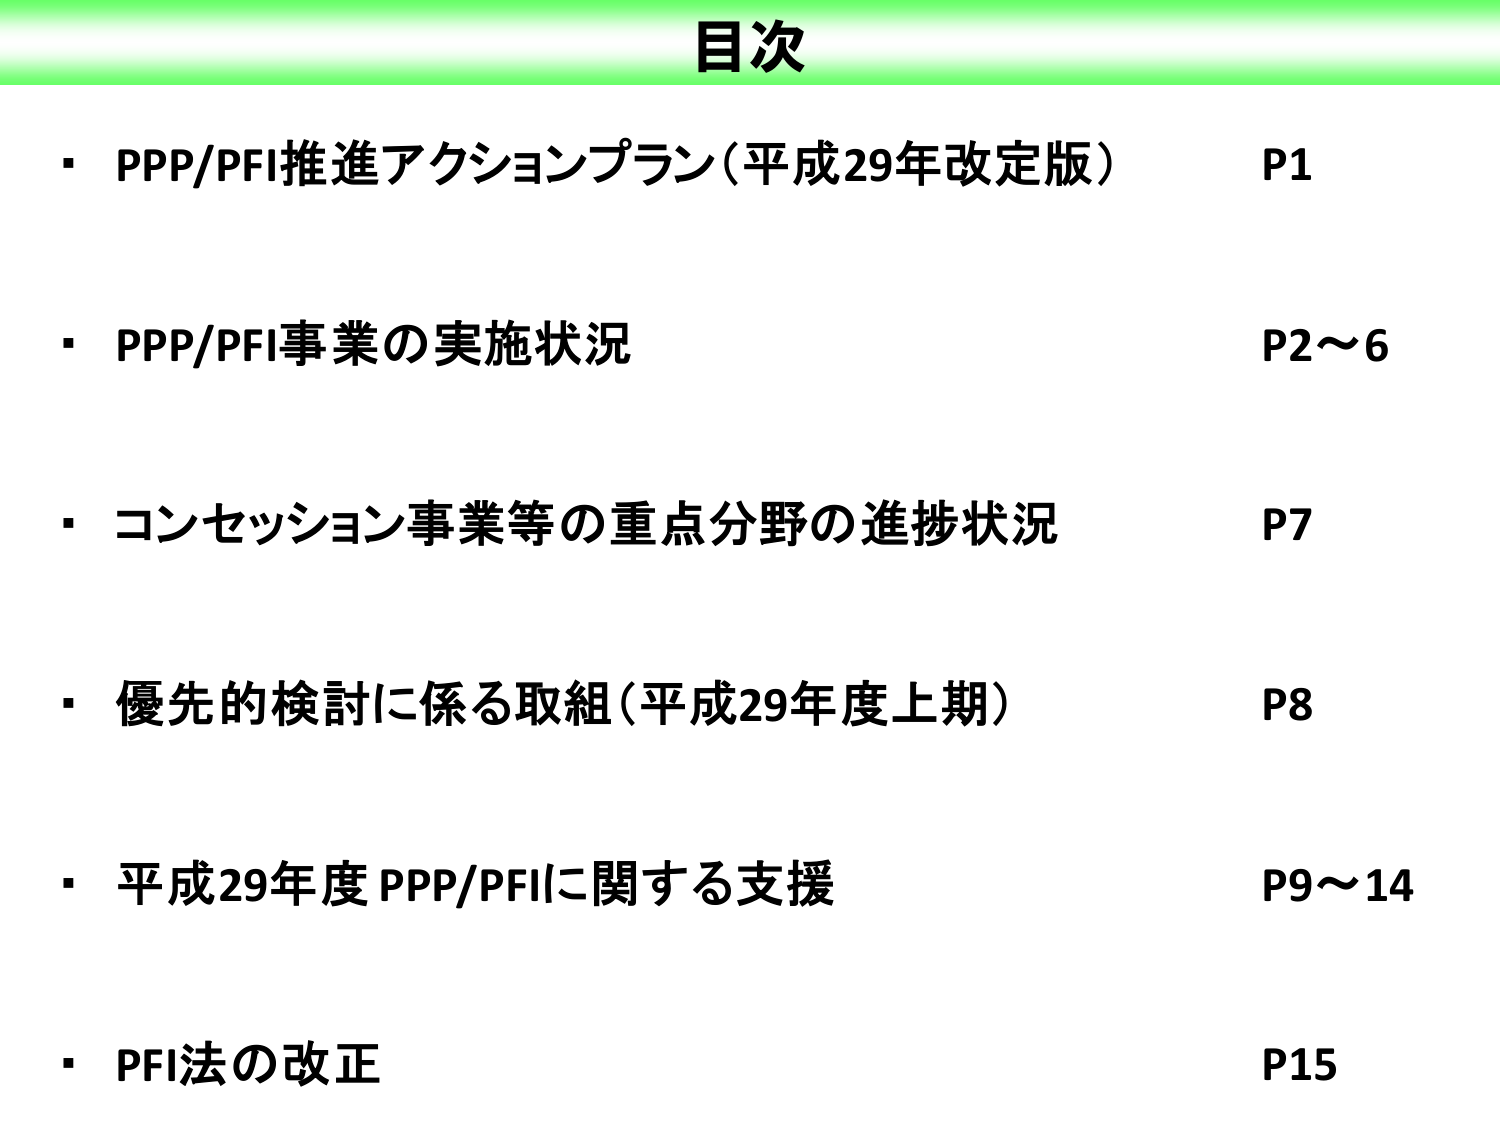
目次
・PPP/PFI推進アクションプラン（平成29年改定版） P1
・PPP/PFI事業の実施状況 P2～6
・コンセッション事業等の重点分野の進捗状況 P7
・優先的検討に係る取組（平成29年度上期） P8
・平成29年度 PPP/PFIに関する支援 P9～14
・PFI法の改正 P15